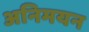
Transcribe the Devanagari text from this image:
अनिमयन